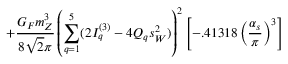
+ \frac { G _ { F } m _ { Z } ^ { 3 } } { 8 \sqrt { 2 } \pi } \left( \sum _ { q = 1 } ^ { 5 } ( 2 I _ { q } ^ { ( 3 ) } - 4 Q _ { q } s _ { W } ^ { 2 } ) \right) ^ { 2 } \left[ - . 4 1 3 1 8 \left( \frac { \alpha _ { s } } { \pi } \right) ^ { 3 } \right]